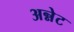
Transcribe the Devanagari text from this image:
अन्नेट